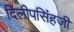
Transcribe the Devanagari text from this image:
दिलीपसिंहजी